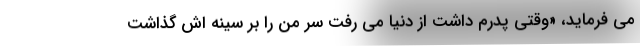
می فرماید، «وقتی پدرم داشت از دنیا می رفت سر من را بر سینه اش گذاشت